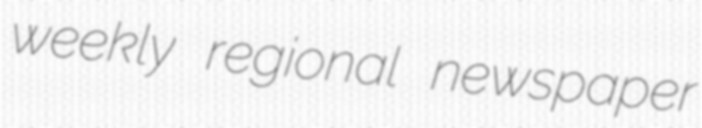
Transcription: weekly regional newspaper